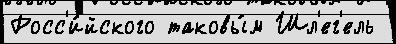
Росс'и́йского таковы́м Шл'ег'ель